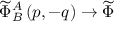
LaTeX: \widetilde { \Phi } _ { B } ^ { A } \left( p , - q \right) \rightarrow \widetilde { \Phi }